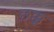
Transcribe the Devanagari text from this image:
छक्कू